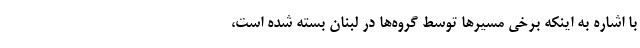
با اشاره به اینکه برخی مسیرها توسط گروه‌ها در لبنان بسته شده است،